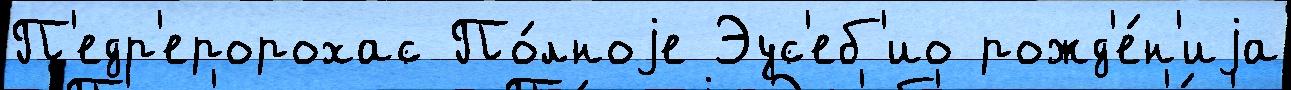
П'едр'еророхас По́лноjе Эус'еб'ио рожд'е́н'иjа